Insane asylums in Bengal annual reports 1867-1875 - 1867-1875
Year: 1867
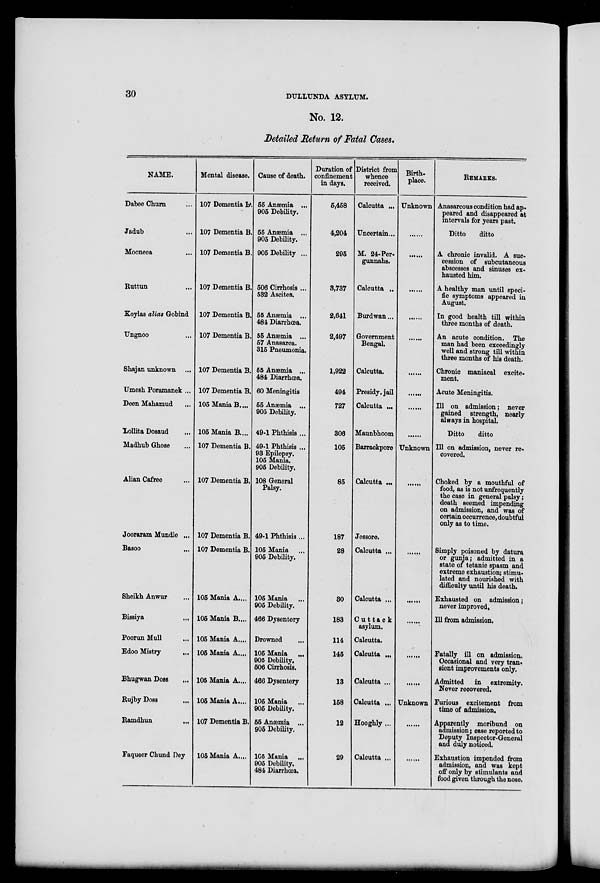
30
DULLUNDA ASYLUM.
No. 12.
Detailed Return of Fatal Cases.
NAME.
Dabee Churn ...
Jadub ...
Mooneea ...
Ruttun ...
Koylas alias Gobind
Ungnoo ...
Shajan unknown ...
Umesh Poramanek ...
Deen Mahamud ...
Lollita Dosaud ...
Madhub Ghose ...
Alian Cafree ...
Jooraram Mundle ...
Basco ...
Sheikh Anwur ...
Bissiya ...
Poorun Mull ...
Edoo Mistry
...
Bhugwan Doss ...
Rujby Doss ...
Ramdhun
...
Faqueer Chund Dey
Mental disease.
107 Dementia B.
107 Dementia B.
107 Dementia B.
107 Dementia B.
107 Dementia B.
107 Dementia B.
107 Dementia B.
107 Dementia B.
105 Mania B....
105 Mania B....
107 Dementia B.
107 Dementia B.
107 Dementia B.
107 Dementia B.
105 Mania A....
105 Mania B....
105 Mania A....
105 Mania A....
105 Mania A....
105 Mania A....
107 Dementia B.
105 Mania A. ...
Cause of death.
55 Anæmia ...
905 Debility.
55 Anæmia ...
905 Debility.
905 Debility ...
506 Cirrhosis ...
532 Ascites.
55 Anæmia ...
484 Diarrhœa.
55 Anæmia ...
57 Anasarca.
315 Pneumonia.
55 Anæmia ...
484 Diarrhœa.
60 Meningitis
55 Anæmia ...
905 Debility.
49-1 Phthisis ...
49-1 Phthisis ...
93 Epilepsy.
105 Mania.
905 Debility.
108 General
Palsy.
49-1 Phthisis...
105 Mania ...
905 Debility.
105 Mania ...
905 Debility.
466 Dysentery
Drowned
105 Mania
...
905 Debility.
506 Cirrhosis.
466 Dysentery
105 Mania
905 Debility.
55 Anæmia ...
905 Debility.
105 Mania
...
905 Debility.
484 Diarrhœa.
Duration of
confinement
in days.
5,458
4,204
295
3,737
2,641
2,497
1,922
494
727
306
105
85
187
28
30
183
114
145
13
158
12
29
District from
whence
received.
Calcutta ...
Uncertain...
M. 24-Per-
gunnahs.
Calcutta ..
Burdwan...
Government
Bengal.
Calcutta.
Presidy. jail
Calcutta ...
Maunbhoom
Barrackpore
Calcutta ...
Jessore.
Calcutta ...
Calcutta ...
Cuttack
asylum.
Calcutta.
Calcutta ...
Calcutta ...
Calcutta ...
Hooghly ...
Calcutta ...
Birth-
place.
Unknown
......
......
......
......
......
......
......
......
......
Unknown
......
......
......
......
......
......
Unknown
......
......
REMARKS.
Anasarcous condition had ap-
peared and disappeared at
intervals for years past.
Ditto
ditto
A chronic invalid. A suc-
cession of subcutaneous
abscesses and sinuses ex-
hausted him.
A healthy man until speci-
fic symptoms appeared in
August.
In good health till within
three months of death.
An acute condition. The
man had been exceedingly
well and strong till within
three months of his death.
Chronic maniacal excite-
ment.
Acute Meningitis.
Ill on admission; never
gained strength, nearly
always in hospital.
Ditto
ditto
Ill on admission, never re-
covered.
Choked by a mouthful of
food, as is not unfrequently
the case in general palsy ;
death seemed impending
on admission, and was of
certain occurrence, doubtful
only as to time.
Simply poisoned by datura
or gunja ; admitted in a
state of tetanic spasm and
extreme exhaustion; stimu-
lated and nourished with
difficulty until his death.
Exhausted on admission ;
never improved.
Ill from admission.
Fatally ill on admission.
Occasional and very tran-
sient improvements only.
Admitted
in extremity.
Never recovered.
Furious excitement from
time of admission.
Apparently moribund on
admission; case reported to
Deputy Inspector-General
and duly noticed.
Exhaustion impended from
admission, and was kept
off only by stimulants and
food given through the nose.